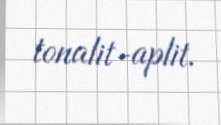
tonalit-aplit.